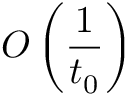
O \left( { \frac { 1 } { t _ { 0 } } } \right)